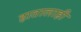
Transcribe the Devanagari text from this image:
हातालाही